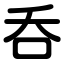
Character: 呑